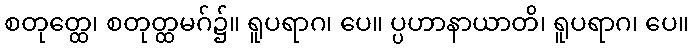
စတုတ္ထေ၊ စတုတ္ထမဂ်၌။ ရူပရာဂ၊ ပေ။ ပ္ပဟာနာယာတိ၊ ရူပရာဂ၊ ပေ။